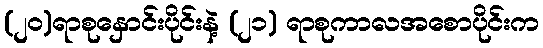
(၂၀)ရာစုနှောင်းပိုင်းနဲ့ (၂၁) ရာစုကာလအစောပိုင်းက